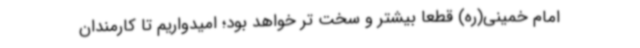
امام خمینی(ره) قطعا بیشتر و سخت تر خواهد بود؛ امیدواریم تا کارمندان